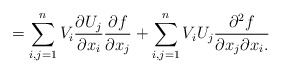
\begin{align*} = \sum_{i,j = 1}^n V_i\frac{\partial U_j}{\partial x_i}\frac{\partial f}{\partial x_j} + \sum_{i,j = 1}^n V_iU_j \frac{\partial^2 f}{\partial x_j \partial x_i.}\end{align*}